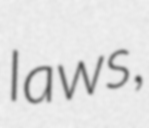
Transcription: laws,